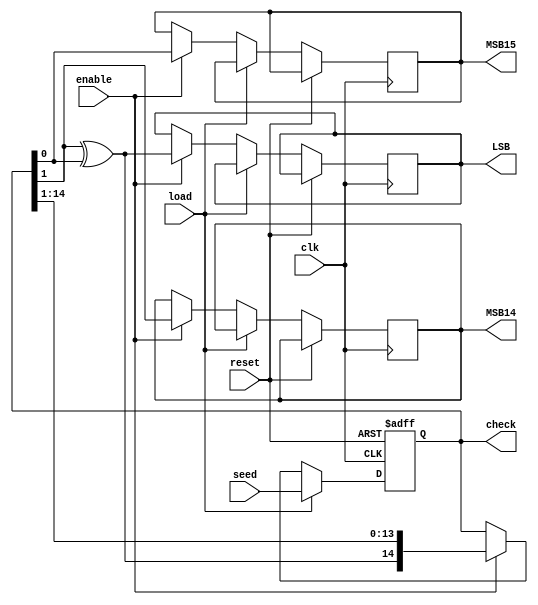
module shiftRightRegister   // LSB -------> MSB 
(
 input clk,
 input reset,
 output reg LSB, //load input from the left
 output reg  MSB14,// opposite to bit number 14 , one based counting
 output  reg MSB15,// opposite to bit number 15 , one based counting
 output wire[1:15] check,
 input enable,
 input load,
 input wire [1:15] seed
);

// the D is assigned to its opposite Q
reg [1:15] Q;//   1  2  ->  14  15  
reg [1:15]D;// 1/ 2/ ->  14/ 15/ 
 
always @ (posedge clk,posedge reset)
begin
	if(reset)
	Q<=15'b000000000000000;

	else if (load)
	Q<=seed;

	else if (enable)
	begin
		MSB14=Q[14];
 		MSB15=Q[15];
		LSB=MSB14^MSB15;
		D={LSB,Q[1:14]};//D1=LSB,D13=Q12,D14=Q13,D15=Q14;  
		Q<=D;//Q[i]=D[i]  D[i]->Q[i]
	end
end
assign check=Q;
 
/*
LSB->D[1]
	Q[1]->D[2]
		**
			Q[14]->D[15]
*/

/*
	1 2 3 .... 13 14 15  )-> from the documentation
		       |  |
		     MSB14 MSB15
*/
endmodule 
module Randomizer 
(
 input clk,
 input reset,
 input dataIn, //load
 output out,
 output wire[1:15] chekk,
 input enable,
 input load,
 input wire [1:15] seed
);
wire w1,w2,w3;
shiftRightRegister shift
(
  .clk(clk),
  .reset(reset),
  .LSB(w3), 
  .MSB14(w1),
  .MSB15(w2),
  .check(chekk),
  .enable(enable),
  .load(load),
  .seed(seed)
);
xor(w3,w1,w2);
xor(out,w3,dataIn);

endmodule